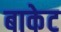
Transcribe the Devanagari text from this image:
बाकेट